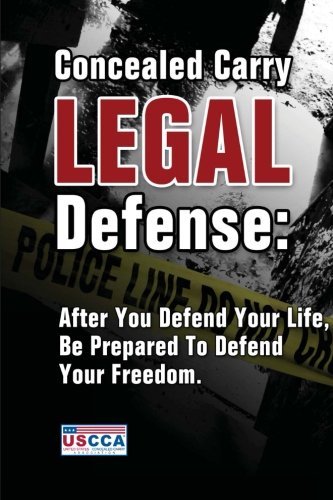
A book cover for Concealed Carry Legal Defense: After You Defend Your Life, Be Prepared to Defend Your Freedom; U.S. Concealed Carry Association; Sports & Outdoors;